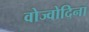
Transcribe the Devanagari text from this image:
वोज्वोदिना